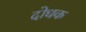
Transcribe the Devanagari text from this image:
दोधक